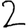
Digit: 2